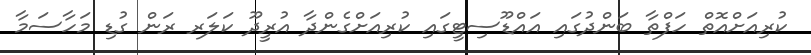
ކުރިއަށްއޮތް ހަފްތާ ބަންދުގައި އައްޑޫސިޓީގައި ކުރިއަށްގެންދާ އުރީދޫ ކަލަރ ރަން ގުޑި މަހާސަމާ